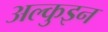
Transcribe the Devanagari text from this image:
अल्कुइन